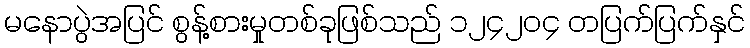
မနောပွဲအပြင် စွန့်စားမှုတစ်ခုဖြစ်သည် ၁၂၄၂၀၄ တပြက်ပြက်နှင်